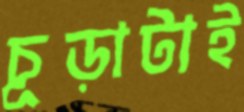
চূড়াটাই